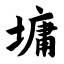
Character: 墉